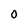
Character: O